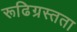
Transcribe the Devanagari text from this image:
रूढिग्रस्तता